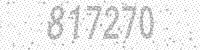
Solution: 817270